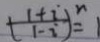
( \frac { 1 + i } { 1 - i } ) ^ { n } = 1